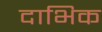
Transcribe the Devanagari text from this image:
दाभिक